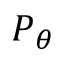
P _ { \theta }